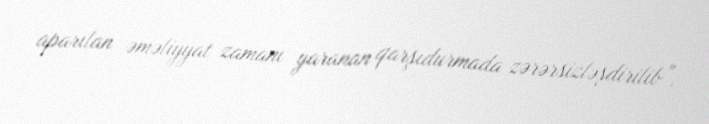
aparılan əməliyyat zamanı yaranan qarşıdurmada zərərsizləşdirilib”.